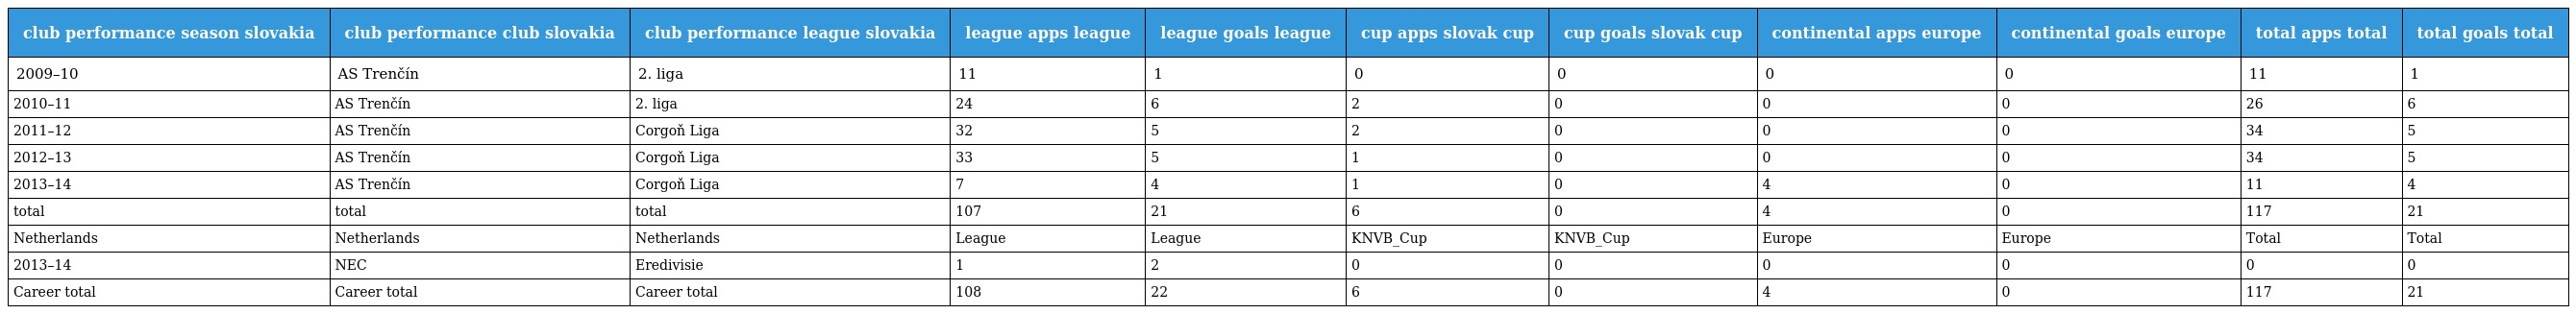
| club performance season slovakia | club performance club slovakia | club performance league slovakia | league apps league | league goals league | cup apps slovak cup | cup goals slovak cup | continental apps europe | continental goals europe | total apps total | total goals total |
 | --- | --- | --- | --- | --- | --- | --- | --- | --- | --- | --- |
 | 2009–10 | AS Trenčín | 2. liga | 11 | 1 | 0 | 0 | 0 | 0 | 11 | 1 |
 | 2010–11 | AS Trenčín | 2. liga | 24 | 6 | 2 | 0 | 0 | 0 | 26 | 6 |
 | 2011–12 | AS Trenčín | Corgoň Liga | 32 | 5 | 2 | 0 | 0 | 0 | 34 | 5 |
 | 2012–13 | AS Trenčín | Corgoň Liga | 33 | 5 | 1 | 0 | 0 | 0 | 34 | 5 |
 | 2013–14 | AS Trenčín | Corgoň Liga | 7 | 4 | 1 | 0 | 4 | 0 | 11 | 4 |
 | total | total | total | 107 | 21 | 6 | 0 | 4 | 0 | 117 | 21 |
 | Netherlands | Netherlands | Netherlands | League | League | KNVB_Cup | KNVB_Cup | Europe | Europe | Total | Total |
 | 2013–14 | NEC | Eredivisie | 1 | 2 | 0 | 0 | 0 | 0 | 0 | 0 |
 | Career total | Career total | Career total | 108 | 22 | 6 | 0 | 4 | 0 | 117 | 21 |